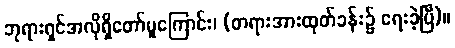
ဘုရားရှင်အလိုရှိတော်မူကြောင်း၊ (တရားအားထုတ်ခန်း၌ ရေးခဲ့ပြီ)။